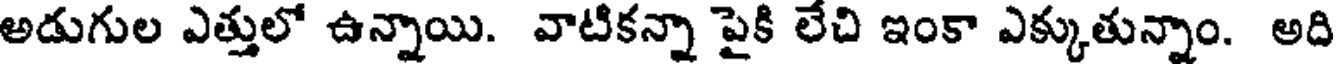
అడుగుల ఎత్తులో ఉన్నాయి. వాటికన్నా పైకి లేచి ఇంకా ఎక్కుతున్నాం. అది